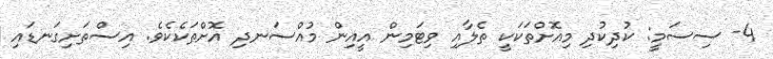
4- ސިސަމީ: ކުދިކުދި މިއޮށްތަކަކީ ތެލާއި ވިޓަމިން އީއިން މުއްސަނދި އޮށްތަކެކެވެ. އިސްތަށިގަނޑައި